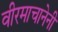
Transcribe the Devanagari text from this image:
वीरमाचानेनी